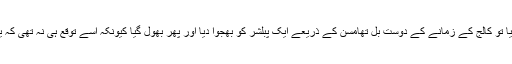
اسٹیفن نے پہلا ناول مکمل کیا تو کالج کے زمانے کے دوست بل تھامسن کے ذریعے ایک پبلشر کو بھجوا دیا اور پھر بھول گیا کیونکہ اسے توقع ہی نہ تھی کہ یہ ناول قبول کر لیا جائے گا۔